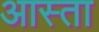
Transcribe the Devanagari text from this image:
आस्ता